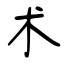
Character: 术